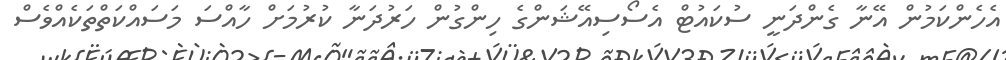
އެހެންކަމުން އޭނާ ގެންދަނީ ސުކައުޓް އެސޯސިއޭޝަންގެ ހިންގުން ހަރުދަނާ ކުރުމަށް ހާއްސަ މަސައްކަތްތަކެއްވެސް